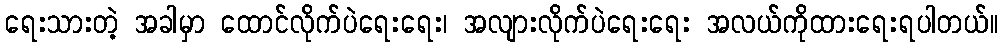
ရေးသားတဲ့ အခါမှာ ထောင်လိုက်ပဲရေးရေး၊ အလျားလိုက်ပဲရေးရေး အလယ်ကိုထားရေးရပါတယ်။